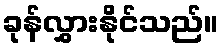
ခုန်လွှားနိုင်သည်။